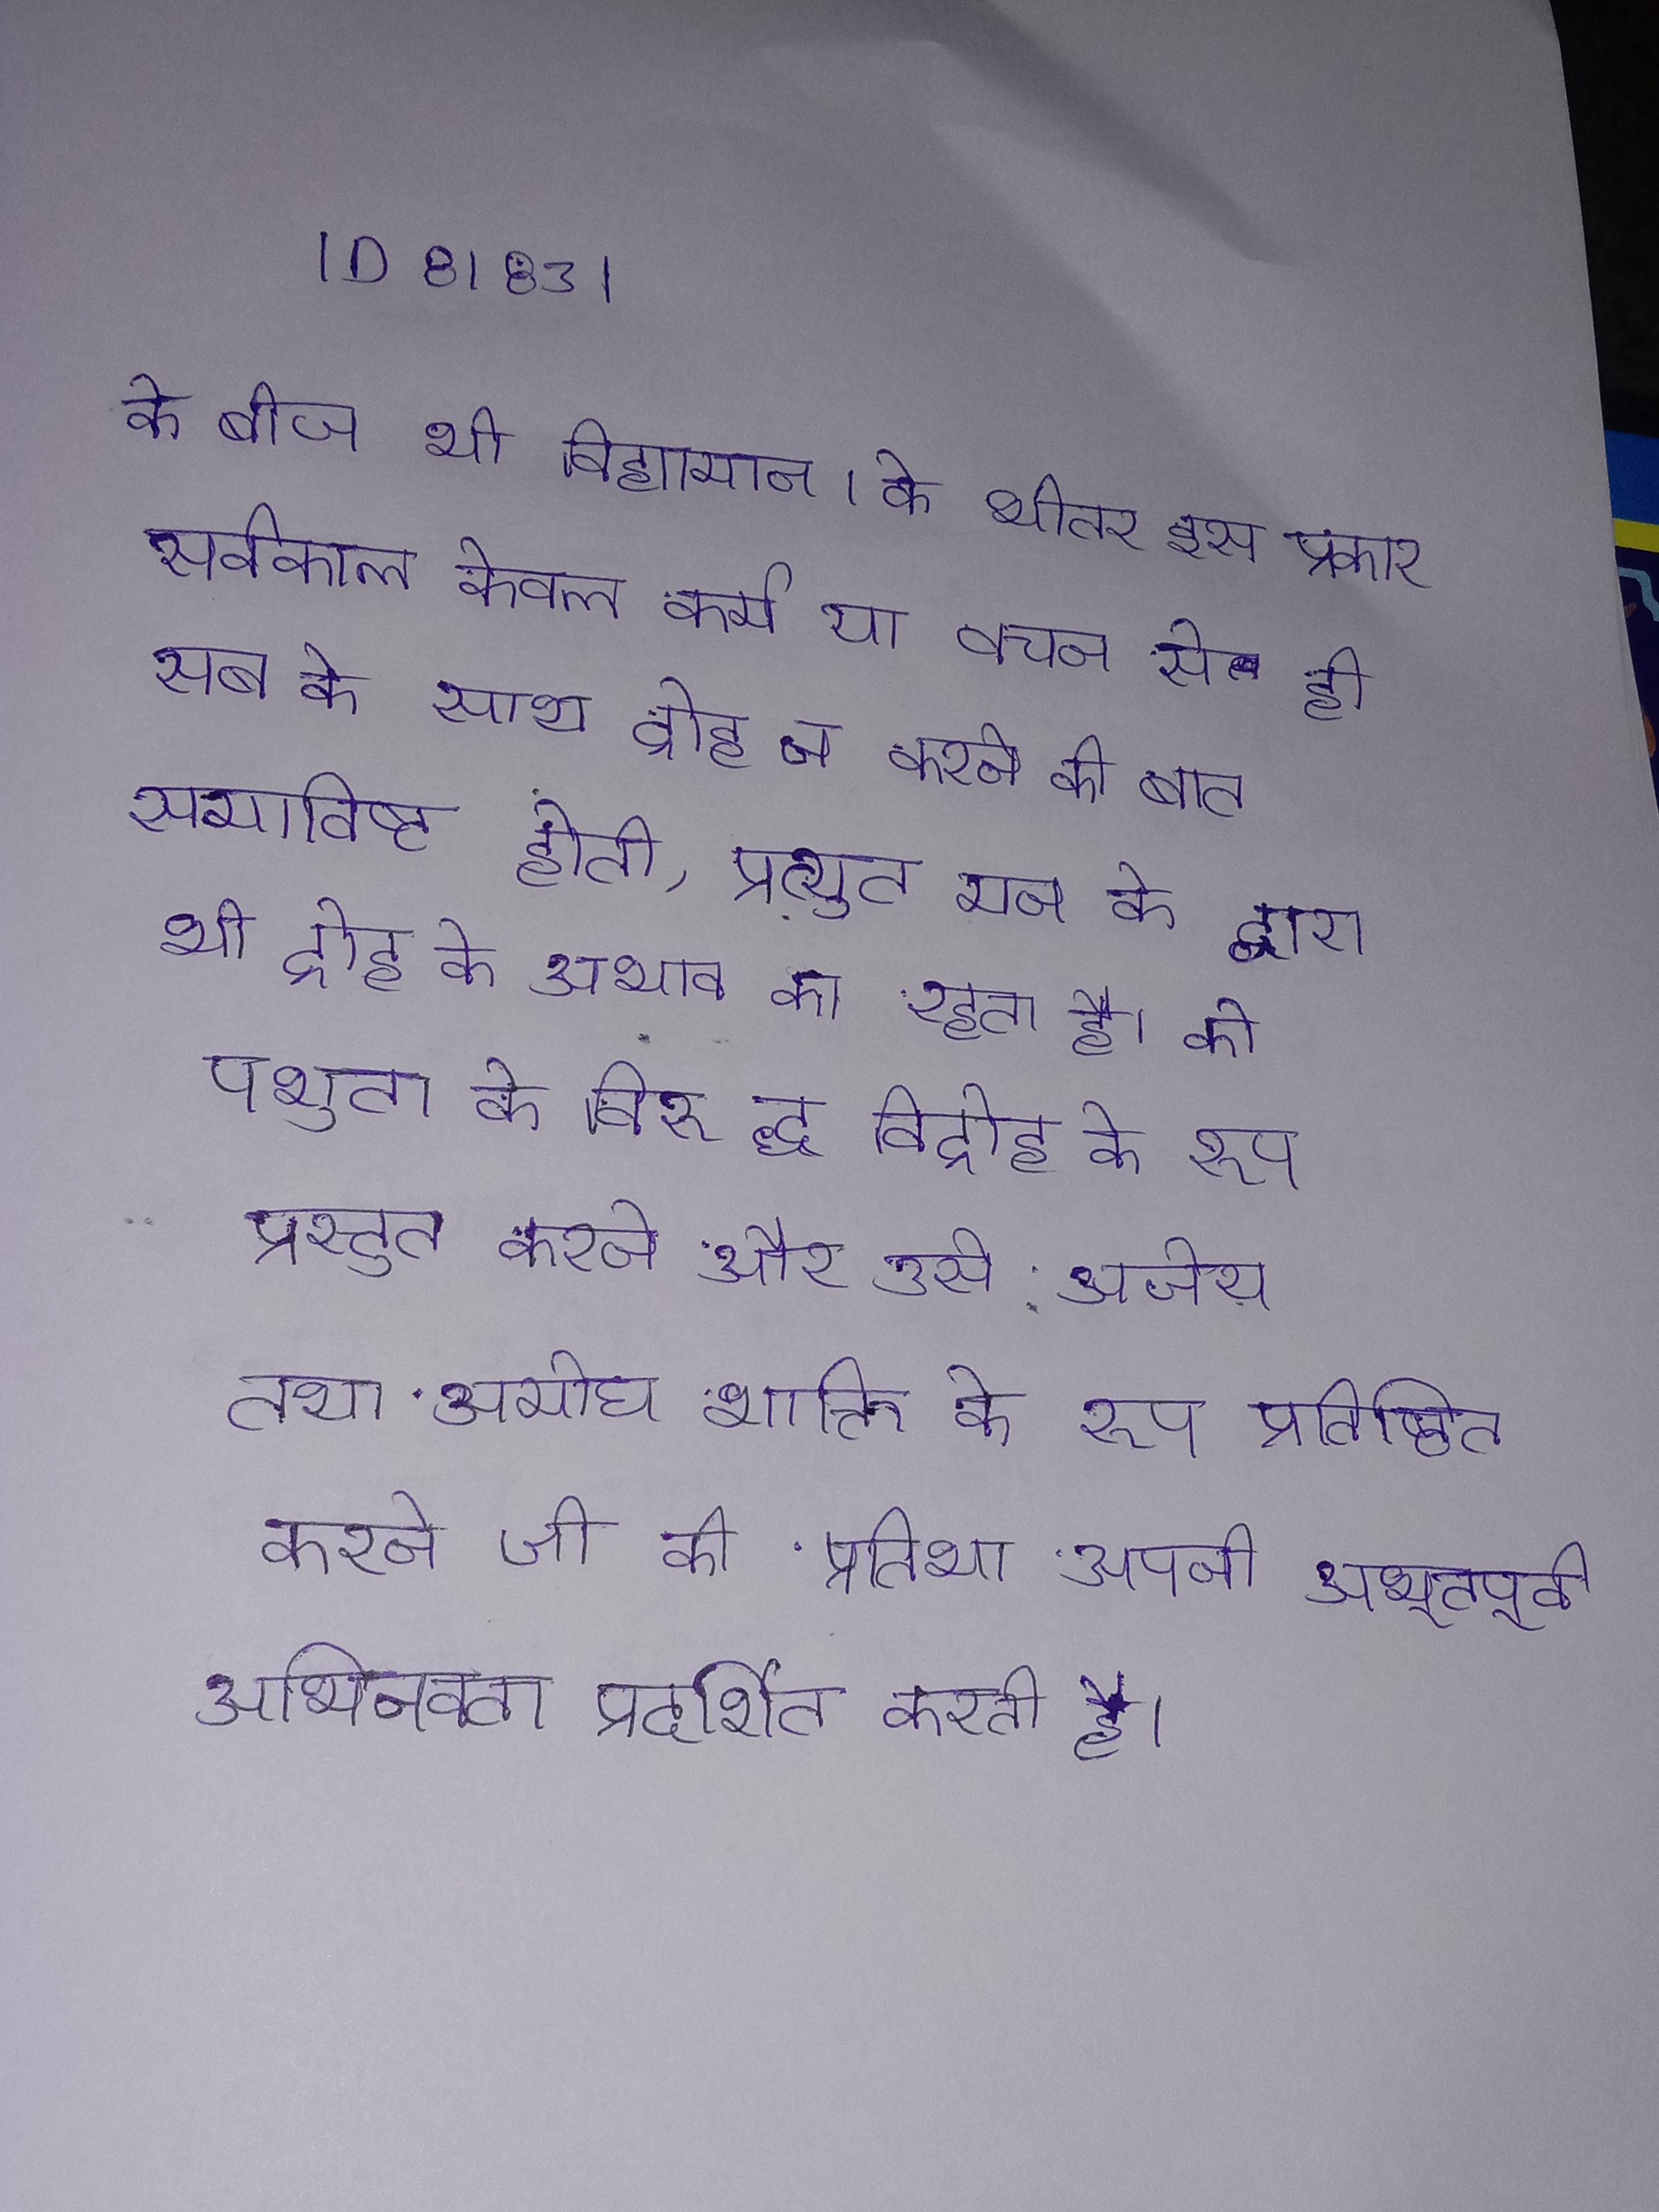
के बीज भी विद्यमान । के भीतर इस प्रकार सर्वकाल केवल कर्म या वचन से ही सब के साथ द्रोह न करने की बात समाविष्ट होती, प्रत्युत मन के द्वारा भी द्रोह के अभाव का रहता है । को पशुता के विरु द्ध विद्रोह के रूप प्रस्तुत करने और उसे अजेय तथा अमोघ शक्ति के रूप प्रतिष्ठित करने जी की प्रतिभा अपनी अभूतपूर्व अभिनवता प्रदर्शित करती है ।